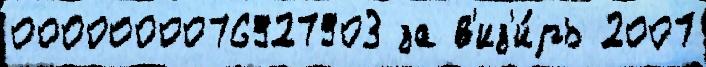
0000000076927903 за в'из'и́рь 2007